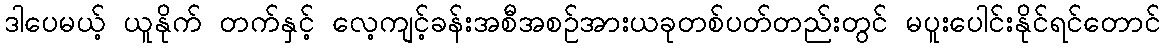
ဒါပေမယ့် ယူနိုက် တက်နှင့် လေ့ကျင့်ခန်းအစီအစဉ်အားယခုတစ်ပတ်တည်းတွင် မပူးပေါင်းနိုင်ရင်တောင်